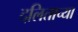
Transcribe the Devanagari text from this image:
दलिताच्या